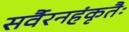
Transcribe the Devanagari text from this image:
सर्वैरनहंकृतैः